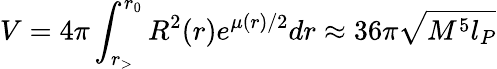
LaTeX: V=4\pi\int_{r_{>}}^{r_{0}}R^{2}(r)e^{\mu(r)/2}dr\approx 36\pi\sqrt{M^{5}l_{P}}